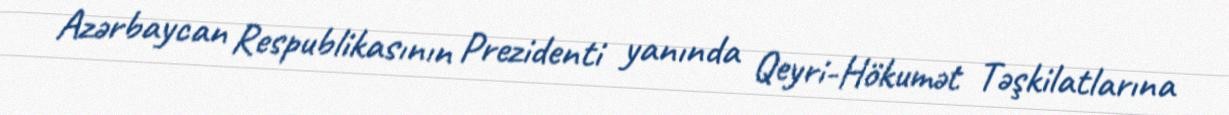
Azərbaycan Respublikasının Prezidenti yanında Qeyri-Hökumət Təşkilatlarına